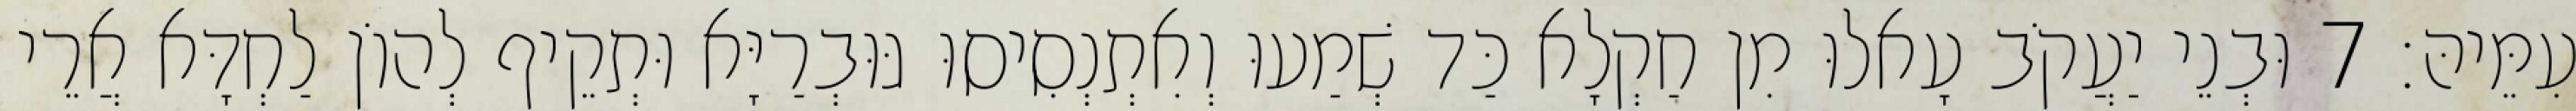
עִמֵּיהּ׃ 7 וּבְנֵי יַעֲקֹב עָאלוּ מִן חַקְלָא כַּד שְׁמַעוּ וְאִתְנְסִיסוּ גּוּבְרַיָּא וּתְקֵיף לְהוֹן לַחְדָּא אֲרֵי